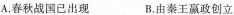
A.春秋战国已出现B.由秦王嬴政创立